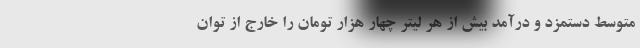
متوسط دستمزد و درآمد بیش از هر لیتر چهار هزار تومان را خارج از توان